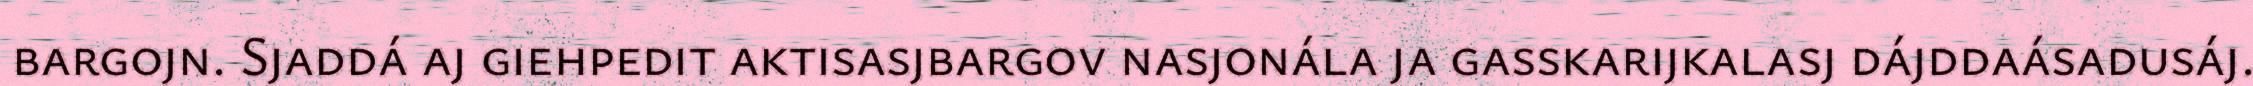
bargojn. Sjaddá aj giehpedit aktisasjbargov nasjonála ja gasskarijkalasj dájddaásadusáj.